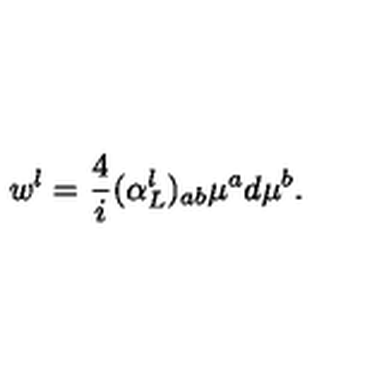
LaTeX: w ^ { l } = \frac { 4 } { i } ( \alpha _ { L } ^ { l } ) _ { a b } \mu ^ { a } d \mu ^ { b } .